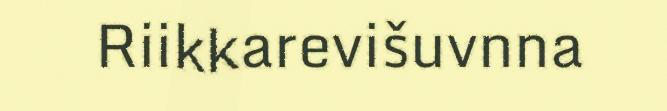
Riikkarevišuvnna